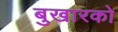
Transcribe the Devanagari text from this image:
बुखारको